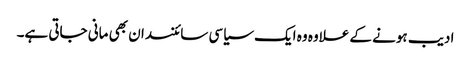
ادیب ہونے کے علاوہ وہ ایک سیاسی سائنسدان بھی مانی جاتی ہے۔